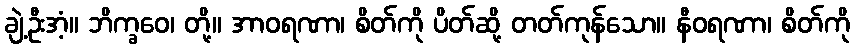
ချဲ့ဦးအံ့။ ဘိက္ခဝေ၊ တို့။ အာဝရဏာ၊ စိတ်ကို ပိတ်ဆို့ တတ်ကုန်သော။ နီဝရဏာ၊ စိတ်ကို